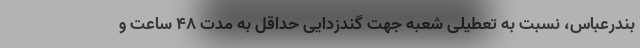
بندرعباس، نسبت به تعطیلی شعبه جهت گندزدایی حداقل به مدت ۴۸ ساعت و